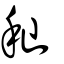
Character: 秈